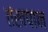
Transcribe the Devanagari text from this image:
तंखपान